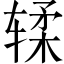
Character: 𫐓